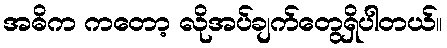
အဓိက ကတော့ လိုအပ်ချက်တွေရှိပါတယ်။